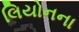
લિયોનના